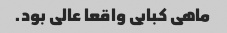
ماهی کبابی واقعا عالی بود.